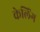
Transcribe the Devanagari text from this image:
केलिंग